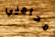
محاميي